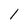
Character: 1